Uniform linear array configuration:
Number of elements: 8
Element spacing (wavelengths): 1
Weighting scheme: hann
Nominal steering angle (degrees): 45
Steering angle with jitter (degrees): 46.026
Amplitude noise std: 0.05
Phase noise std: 0.05

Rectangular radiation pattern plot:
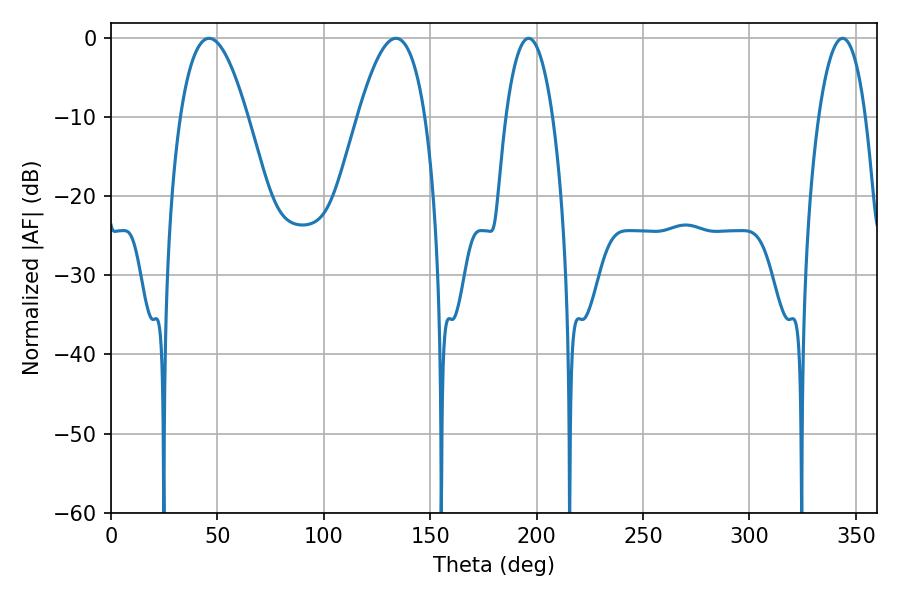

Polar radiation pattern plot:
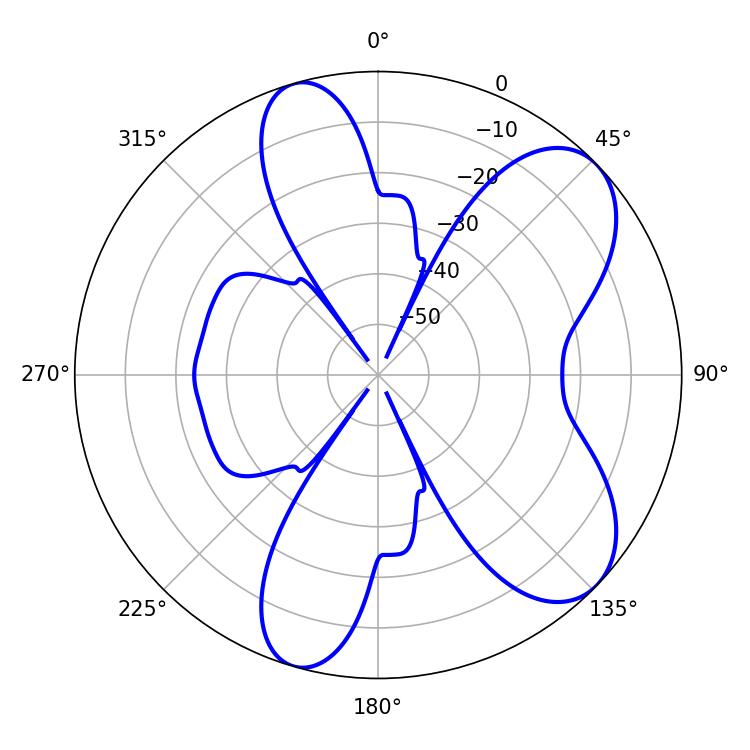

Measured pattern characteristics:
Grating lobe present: TRUE
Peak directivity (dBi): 7.593
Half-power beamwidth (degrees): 17.28
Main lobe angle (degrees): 46.08